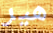
هير